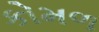
કોમળ